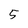
Character: 5